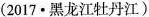
(2017·黑龙江牡丹江)